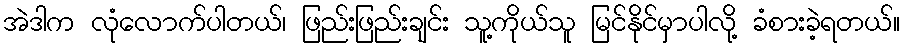
အဲဒါက လုံလောက်ပါတယ်၊ ဖြည်းဖြည်းချင်း သူ့ကိုယ်သူ မြင်နိုင်မှာပါလို့ ခံစားခဲ့ရတယ်။